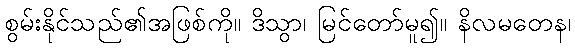
စွမ်းနိုင်သည်၏အဖြစ်ကို။ ဒိသွာ၊ မြင်တော်မူ၍။ နိလမတေန၊